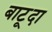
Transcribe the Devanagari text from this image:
बाटूदा